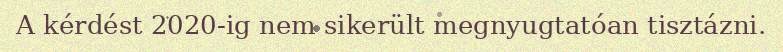
A kérdést 2020-ig nem sikerült megnyugtatóan tisztázni.